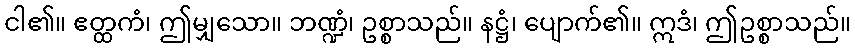
ငါ၏။ ဧတ္ထကံ၊ ဤမျှသော။ ဘဏ္ဍံ၊ ဥစ္စာသည်။ နဋ္ဌံ၊ ပျောက်၏။ ဣဒံ၊ ဤဥစ္စာသည်။